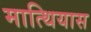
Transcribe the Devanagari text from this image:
मात्थियास